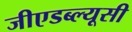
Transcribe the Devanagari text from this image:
जीएडब्ल्यूसी